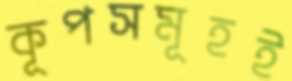
কূপসমূহই